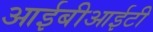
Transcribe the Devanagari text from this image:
आईबीआईटी